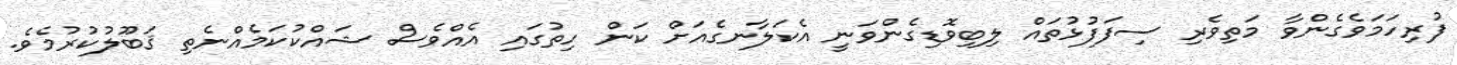
ފުރިހަމަވެގެންވާ މަތިވެރި ސިފަފުޅުތައް ލިބިވޮޑިގެންވަނީ އެކަލާނގެއަށް ކަން ހިތުގައި އެއްވެސް ޝައްކުކަމެއްނެތި ޤަބޫލުކުރުމެވެ.